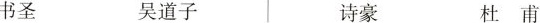
书圣 吴道子 诗豪 杜甫